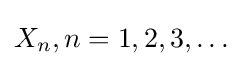
X_{n},n=1,2,3,\dots